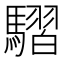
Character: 騽